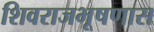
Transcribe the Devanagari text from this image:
शिवराजभूषणास